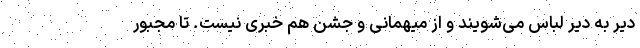
دیر به دیر لباس می‌شویند و از میهمانی و جشن هم خبری نیست. تا مجبور